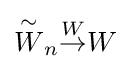
{\overset {\sim }{W}}_{n}{\overset {W}{\to }}W